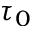
\tau _ { 0 }